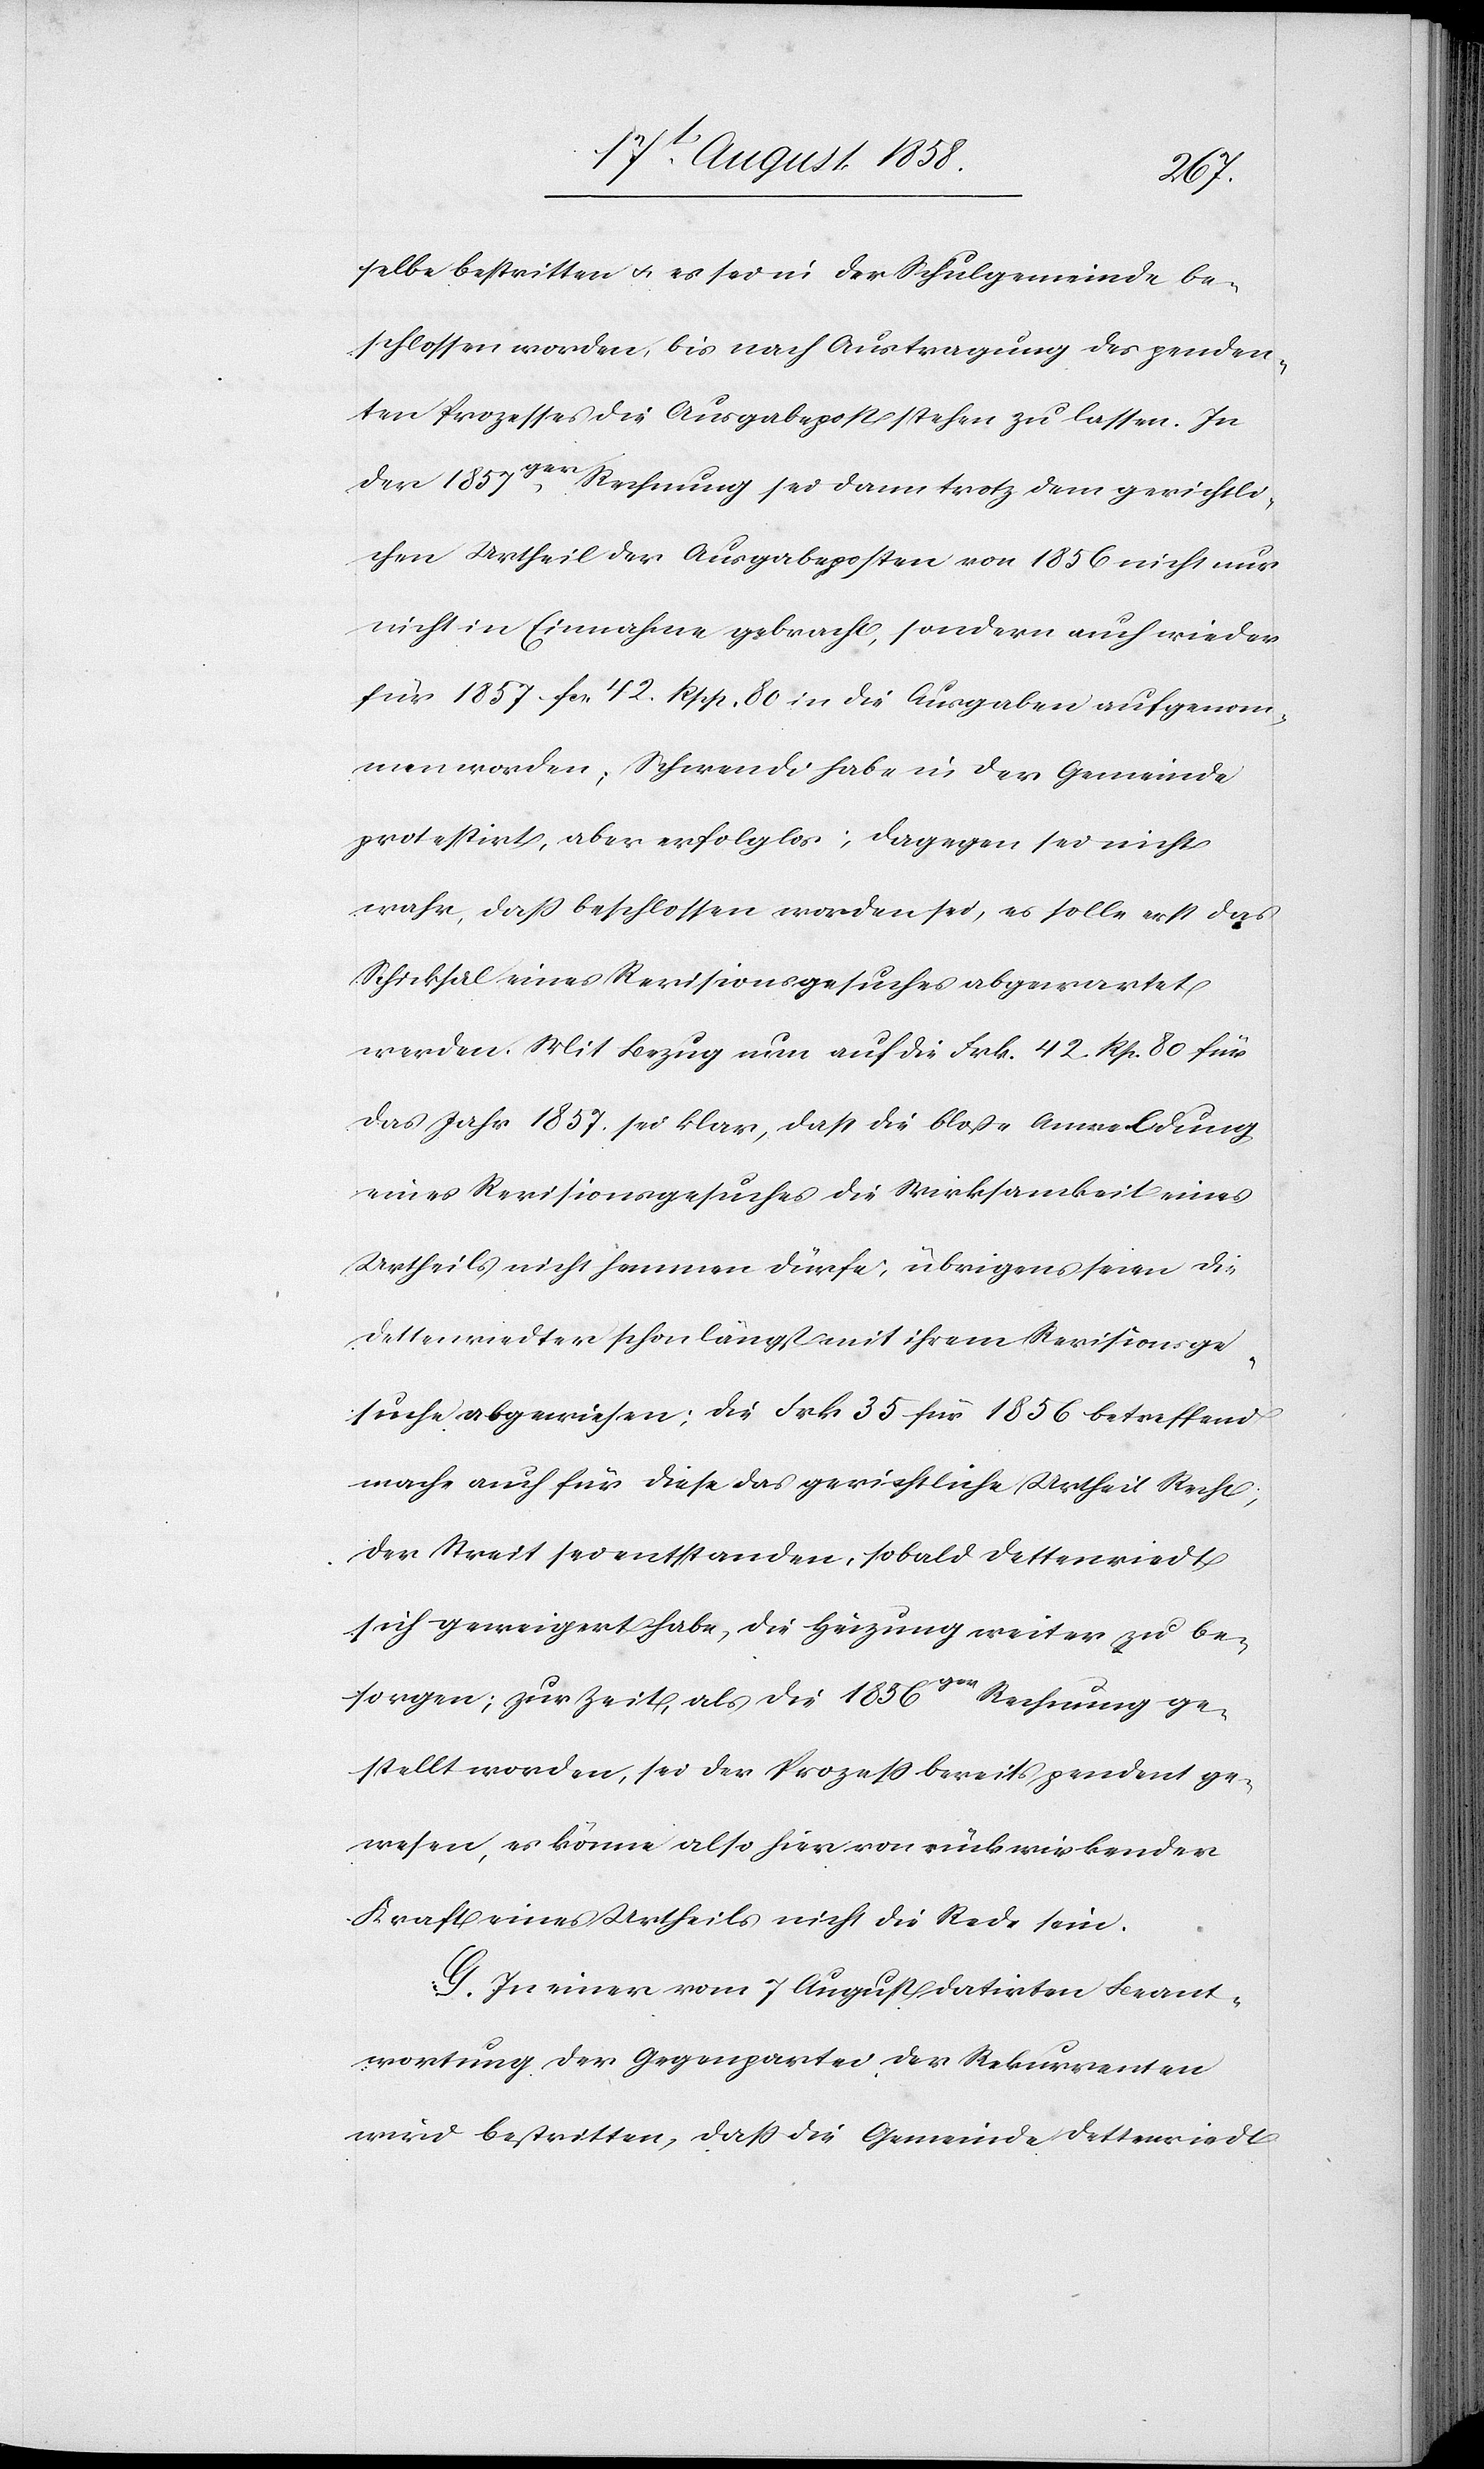
selbe bestritten & es sei in der Schulgemeinde be¬
schlossen worden, bis nach Austragung des penden¬
ten Prozesses die Ausgabepost stehen zu lassen. In
der 1857ger. Rechnung sei dann trotz dem gerichtli¬
chen Urtheil der Ausgabeposten von 1856 nicht nur
nicht in Einnahme gebracht, sondern auch wieder
für 1857 fcs. 42. Rpp. 80 in die Ausgaben aufgenom¬
men worden; Schwendi habe in der Gemeinde
protestirt, aber erfolglos; dagegen sei nicht
wahr, dass beschlossen worden sei, es solle erst das
Schicksal eines Revisionsgesuches abgewartet
werden. Mit Bezug nun auf die Frk. 42. Rp. 80 für
das Jahr 1857. sei klar, dass die bloße Anmeldung
eines Revisionsgesuches die Wirksamkeit eines
Urtheils nicht hemmen dürfe; übrigens seien die
Dettenriedter schon längst mit ihrem Revisionsge¬
suche abgewiesen; die Frk. 35 für 1856 betreffend
mache auch für diese das gerichtliche Urtheil Recht;
der Streit sei entstanden, sobald Dettenriedt
sich geweigert habe, die Heizung weiter zu be¬
sorgen; zur Zeit, als die 1856ger Rechnung ge¬
stellt worden, sei der Prozess bereits pendent ge¬
wesen, es könne also hier von rückwirkender
Kraft eines Urtheils nicht die Rede sein.
G. In einer vom 7 August datirten Beant¬
wortung der Gegenpartei der Rekurrenten
wird bestritten, dass die Gemeinde Dettenriedt